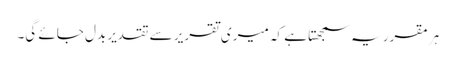
ہر مقرر یہ سمجھتا ہے کہ میری تقریر سے تقدیر بدل جائے گی۔